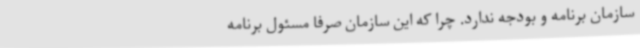
سازمان برنامه و بودجه ندارد. چرا که این سازمان صرفا مسئول برنامه‌